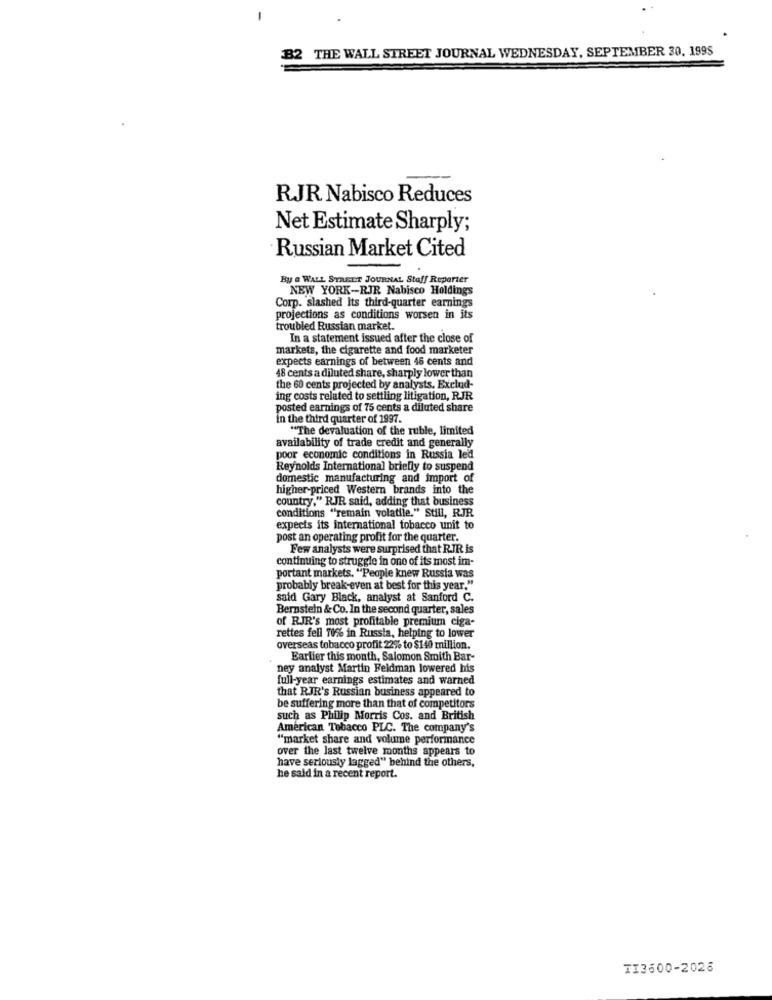
-
B2 THE WALL STREET JOURNAL WEDNESDAY, SEPTEMBER 30, 199S
RJR Nabisco Reduces
Net Estimate Sharply;
Russian Market Cited
By & WALL STREET JOURNAL Staff Reporter
NEW YORK-RJR Nabisco Holdings
Corp. slashed Its third-quarter earnings
projections as conditions worsen in its
troubled Russian market.
In a statement issued after the close of
markets, the cigarette and food marketer
expects earnings of between 46 cents and
48 cents a diluted share, sharply lower than
the 60 cents projected by analysts, Exclud-
ing costs related to settling litigation, RJR
posted earnings of 75 cents a diluted share
in the third quarter of 1997.
"The devaluation of the ruble, limited
availability of trade credit and generally
poor economic conditions in Russia led
Reynolds International briefly to suspend
domestic manufacturing and import of
higher-priced Western brands into the
country." RJR said, adding that business
conditions "remain volatile." Still, RJR.
expects its international tobacco unit to
post an operating profit for the quarter.
Few analysts were surprised that RIR is
continuing to struggle in one of its most im-
portant markets. "People knew Russia was
probably break-even at best for this year."
said Gary Black, analyst at Sanford C.
Bernstein & Co. In the second quarter, sales
of RJR's most profitable premium ciga-
rettes fell 70% in Russia, helping to lower
overseas tobacco profit 22% to $140 million.
Earlier this month, Salomon Smith Bar-
ney analyst Martin Feldman lowered his
full-year earnings estimates and warned
that RJR's Russian business appeared to
be suffering more than that of competitors
such as Philip Morris Cos. and British
American Tobacco PLC. The company's
"market share and volume performance
over the last twelve months appears to
have seriously lagged" behind the others,
he said in a recent report.
TI3600-2026